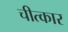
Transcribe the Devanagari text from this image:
चीत्‍कार